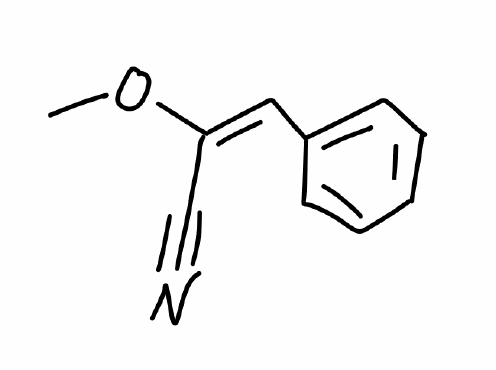
Simplified molecular-input line-entry system (SMILES) notation of the given molecule:
CO/C(=C/C1=CC=CC=C1)/C#N